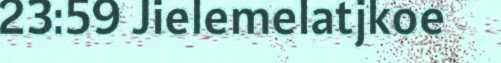
23:59 Jielemelatjkoe